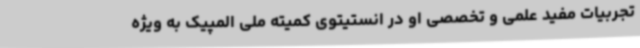
تجربیات مفید علمی و تخصصی او در انستیتوی کمیته ملی المپیک به ویژه